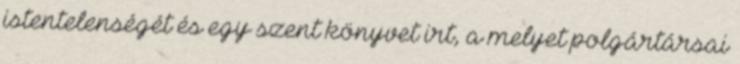
istentelenségét és egy szent könyvet irt, a melyet polgártársai